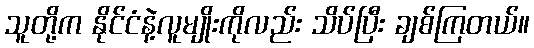
သူတို့က နိုင်ငံနဲ့လူမျိုးကိုလည်း သိပ်ပြီး ချစ်ကြတယ်။